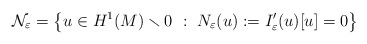
\begin{align*}{\mathcal N}_{\varepsilon}=\left\{ u\in H^{1}(M)\smallsetminus0\ :\ N_{\varepsilon}(u):=I'_{\varepsilon}(u)[u]=0\right\} \end{align*}